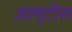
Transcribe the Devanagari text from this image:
अल्टोस